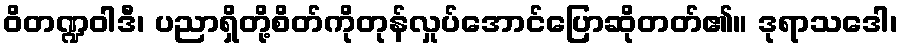
ဝိတဏ္ဍဝါဒီ၊ ပညာရှိတို့စိတ်ကိုတုန်လှုပ်အောင်ပြောဆိုတတ်၏။ ဒုရာသဒေါ၊